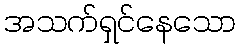
အသက်ရှင်နေသော